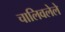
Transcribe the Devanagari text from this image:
चालिवलेले